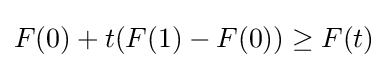
F(0)+t(F(1)-F(0))\geq F(t)